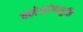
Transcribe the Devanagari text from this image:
क्लेशांपासुनि